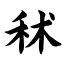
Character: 秫